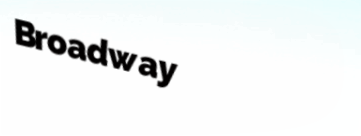
Broadway